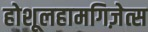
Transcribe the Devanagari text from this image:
होशूलहामगिज़ेत्स